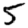
Digit: 5